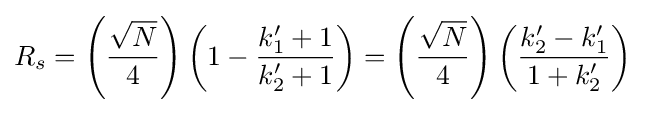
R_{s}=\left({\frac {\sqrt {N}}{4}}\right)\left(1-{\frac {k'_{1}+1}{k'_{2}+1}}\right)=\left({\frac {\sqrt {N}}{4}}\right)\left({\frac {k'_{2}-k'_{1}}{1+k'_{2}}}\right)